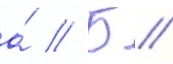
а́ // Б //